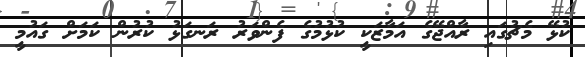
ކުޅޭ މެޗުގައި ރާއްޖޭގެ އަމާޒަކީ ކުޅުމުގެ ފެންވަރު ރަނގަޅު ކުރުން ކަމަށް ގައުމީ